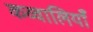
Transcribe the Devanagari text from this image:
कव्वालियाँ